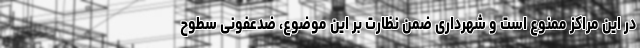
در این مراکز ممنوع است و شهرداری ضمن نظارت بر این موضوع، ضدعفونی سطوح